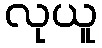
လုယူ